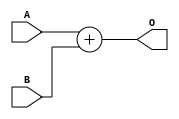
`timescale 1ns / 1ps
//////////////////////////////////////////////////////////////////////////////////
// Company: 
// Engineer: 
// 
// Design Name: 
// Module Name: Adder32Bit2Input
// Project Name: 
// Target Devices: 
// Tool Versions: 
// Description: 
// 
// Dependencies: 
// 
// Revision:
// Revision 0.01 - File Created
// Additional Comments:
// 
//////////////////////////////////////////////////////////////////////////////////


module Adder32Bit2Input(A, B, O);
    input [31:0] A, B;
        
    output reg [31:0] O;
    
    always @(*) begin
        O <= A + B;
    end
endmodule